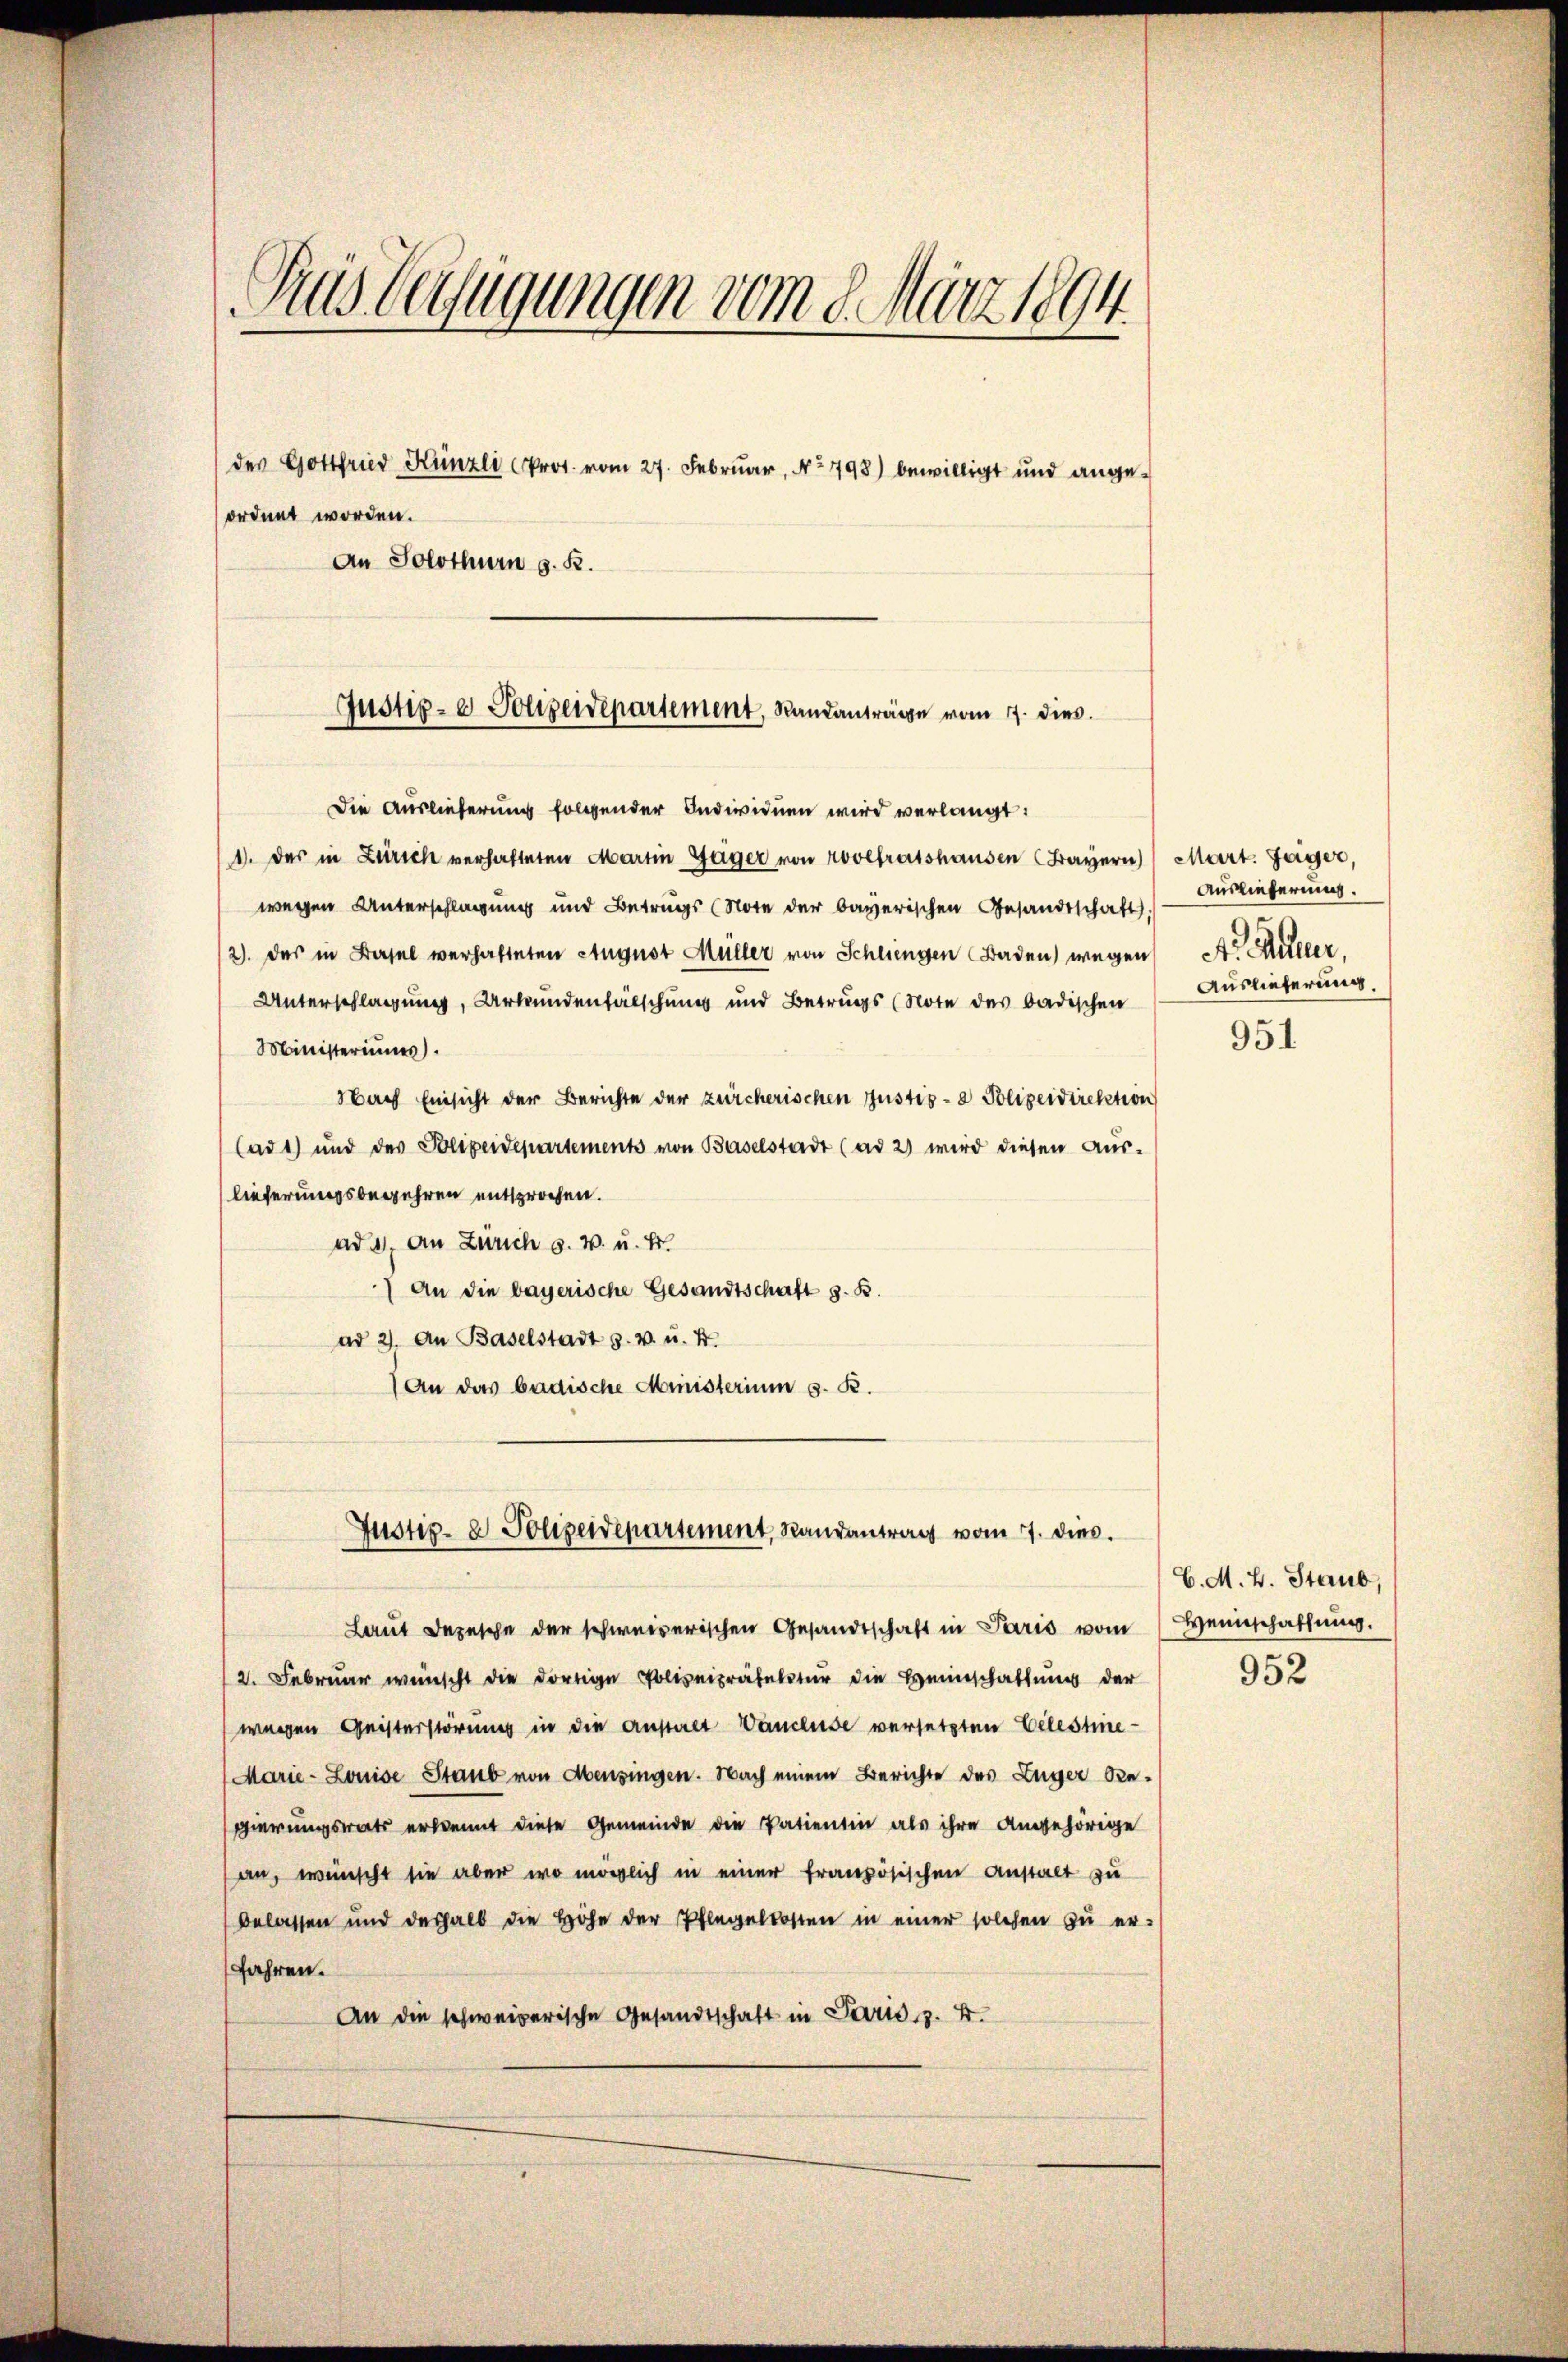
1. der in Zürich verhafteten Martin Gager von revetratshausen (Bayern) Mart. Gager,
wegen Unterschlagung und Betrugs (Note der bayerischen Gesandtschaft.
2). Das in Basel verhafteten August Müller von Schliengen Baden) wegen A. Müller.
Unterschlagung, Urkundenfälschung und Betrugs (Note des badischen
Ministeriums
Nach Einsicht der Berichte der zürcherischen Justiz- & Polizeidirektion
(ad1) und des Polizeidepartements von Baselstadt (ad 2) wird diesen Aŭs-
lieferungsbegehren entsprochen.
ad, an Zürich s. w. u. Er
 An die bayerische Gesandtschaft z. B.
ad 2. An Baselstadt z. v. u. 4.
An das badische Ministerium s. B.
Justiz- & Polizeidepartement, Randantrag vom 7. dies.
Laut Depesche der schweizerischen Gesandtschaft in Paris vom
2. Februar wünscht die dortige Polizeipräfectur die Heimschaftung der
wegen Geisterstörung in die Anstalt Vancluse versetzten Celestine-
(Marie-Louise Staub von Abensingen. Nach einem Berichte des Zuger Regierungsrats erkennt diese Gemeinde die Patientin als ihre Angehörige
an, wünscht sie aber wo möglich in einer französischen Anstalt zu
belassen und deshalb die Höhe der Pflegellosten in einer solchen zu er-
fahren.
An die schweizerische Gesandtschaft in Paris z. B.

Dies Verfügungen vom 8. März 1894.
des Gottfried Künzli (Prot. vom 27. Februar, No 798) bewilligt und angeordnet worden.
An Solothurn z. B.

Justiz- & Polizendepartement, Standanträge vom 7. dies
Die Auslieferung folgender Individuen wird verlangt:

Auslieferung.
Auslieferung.

951

C. M. B. Staub,
Weinschaffung.

952